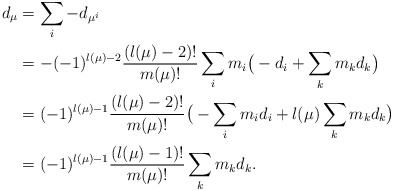
\begin{align*}d_\mu&=\sum_i -d_{\mu^i}\\ &=-(-1)^{l(\mu)-2}\frac{(l(\mu)-2)!}{m(\mu)!}\sum_i m_i\big(-d_i+\sum_k m_k d_k\big)\\ &=(-1)^{l(\mu)-1}\frac{(l(\mu)-2)!}{m(\mu)!}\big(-\sum_i m_id_i+l(\mu)\sum_k m_k d_k\big)\\ &=(-1)^{l(\mu)-1}\frac{(l(\mu)-1)!}{m(\mu)!}\sum_k m_k d_k.\end{align*}